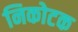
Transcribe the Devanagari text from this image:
निकोटक